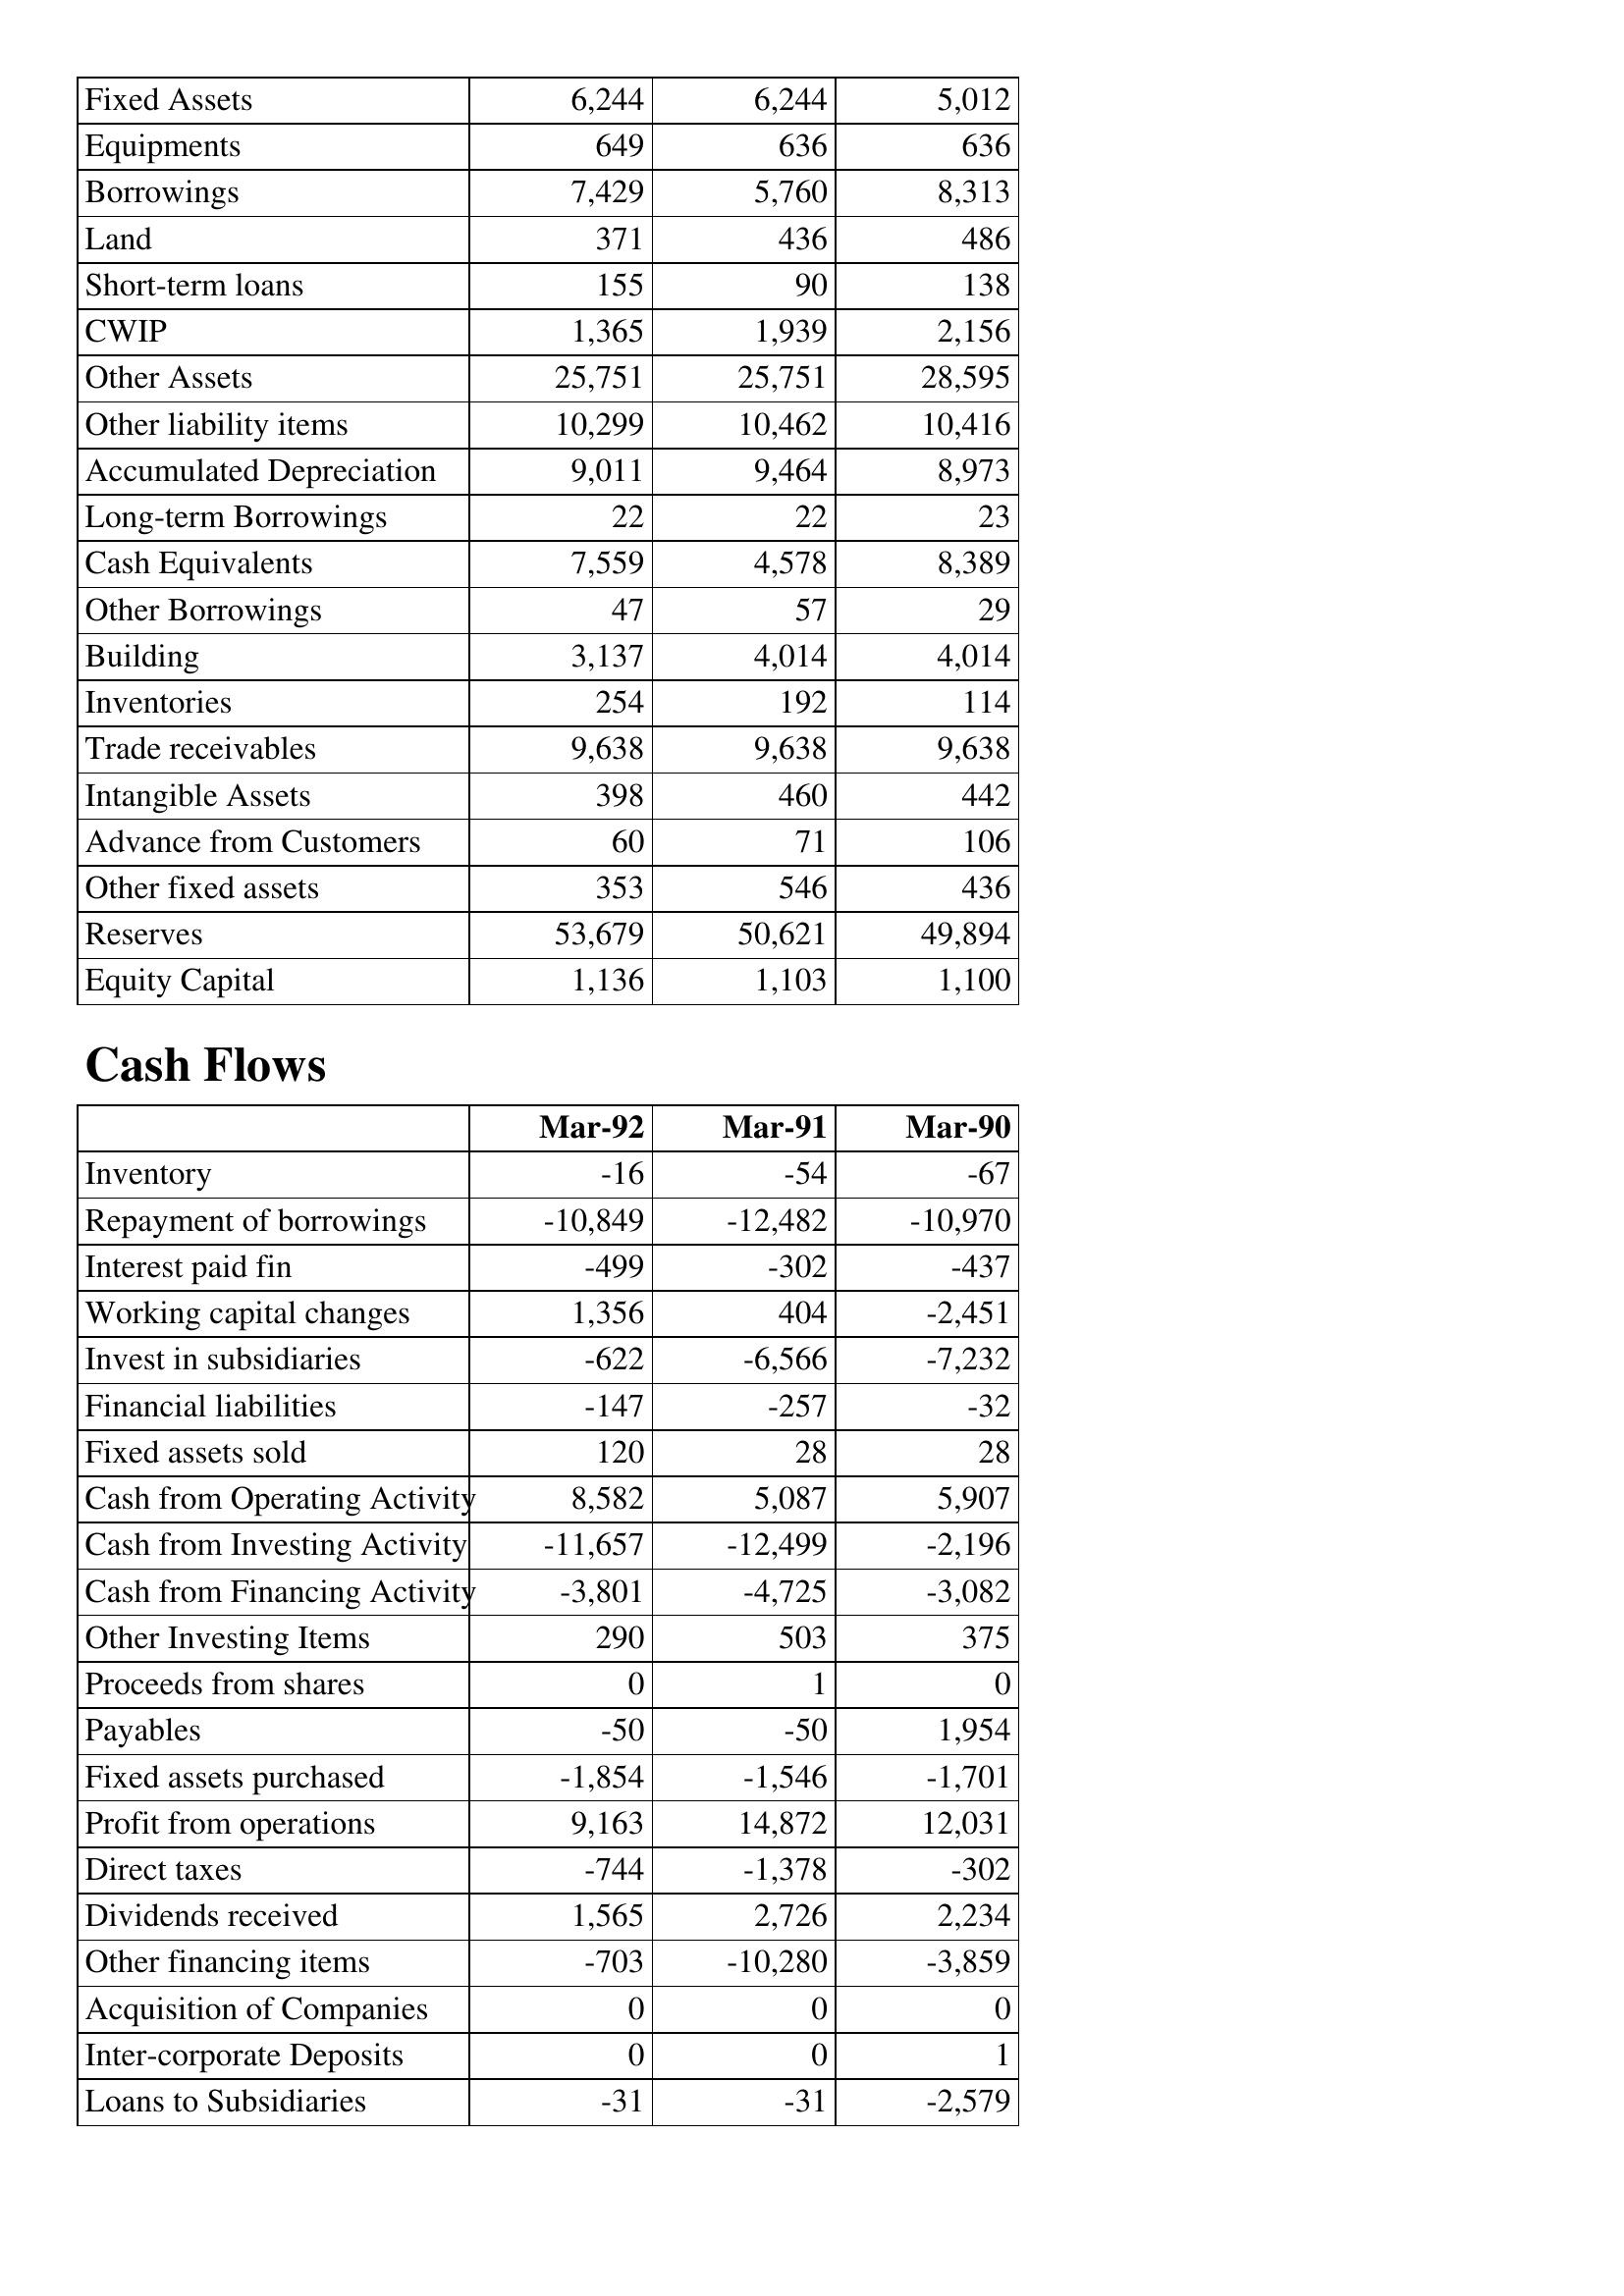
Mar-92: Balance Sheet: Fixed Assets: 6,244
Equipments: 649
Borrowings: 7,429
Land: 371
Short-term loans: 155
CWIP: 1,365
Other Assets: 25,751
Other liability items: 10,299
Accumulated Depreciation: 9,011
Long-term Borrowings: 22
Cash Equivalents: 7,559
Other Borrowings: 47
Building: 3,137
Inventories: 254
Trade receivables: 9,638
Intangible Assets: 398
Advance from Customers: 60
Other fixed assets: 353
Reserves: 53,679
Equity Capital: 1,136
Cash Flows: Inventory: -16
Repayment of borrowings: -10,849
Interest paid fin: -499
Working capital changes: 1,356
Invest in subsidiaries: -622
Financial liabilities: -147
Fixed assets sold: 120
Cash from Operating Activity: 8,582
Cash from Investing Activity: -11,657
Cash from Financing Activity: -3,801
Other Investing Items: 290
Proceeds from shares: 0
Payables: -50
Fixed assets purchased: -1,854
Profit from operations: 9,163
Direct taxes: -744
Dividends received: 1,565
Other financing items: -703
Acquisition of Companies: 0
Inter-corporate Deposits: 0
Loans to Subsidiaries: -31
Mar-91: Balance Sheet: Fixed Assets: 6,244
Equipments: 636
Borrowings: 5,760
Land: 436
Short-term loans: 90
CWIP: 1,939
Other Assets: 25,751
Other liability items: 10,462
Accumulated Depreciation: 9,464
Long-term Borrowings: 22
Cash Equivalents: 4,578
Other Borrowings: 57
Building: 4,014
Inventories: 192
Trade receivables: 9,638
Intangible Assets: 460
Advance from Customers: 71
Other fixed assets: 546
Reserves: 50,621
Equity Capital: 1,103
Cash Flows: Inventory: -54
Repayment of borrowings: -12,482
Interest paid fin: -302
Working capital changes: 404
Invest in subsidiaries: -6,566
Financial liabilities: -257
Fixed assets sold: 28
Cash from Operating Activity: 5,087
Cash from Investing Activity: -12,499
Cash from Financing Activity: -4,725
Other Investing Items: 503
Proceeds from shares: 1
Payables: -50
Fixed assets purchased: -1,546
Profit from operations: 14,872
Direct taxes: -1,378
Dividends received: 2,726
Other financing items: -10,280
Acquisition of Companies: 0
Inter-corporate Deposits: 0
Loans to Subsidiaries: -31
Mar-90: Balance Sheet: Fixed Assets: 5,012
Equipments: 636
Borrowings: 8,313
Land: 486
Short-term loans: 138
CWIP: 2,156
Other Assets: 28,595
Other liability items: 10,416
Accumulated Depreciation: 8,973
Long-term Borrowings: 23
Cash Equivalents: 8,389
Other Borrowings: 29
Building: 4,014
Inventories: 114
Trade receivables: 9,638
Intangible Assets: 442
Advance from Customers: 106
Other fixed assets: 436
Reserves: 49,894
Equity Capital: 1,100
Cash Flows: Inventory: -67
Repayment of borrowings: -10,970
Interest paid fin: -437
Working capital changes: -2,451
Invest in subsidiaries: -7,232
Financial liabilities: -32
Fixed assets sold: 28
Cash from Operating Activity: 5,907
Cash from Investing Activity: -2,196
Cash from Financing Activity: -3,082
Other Investing Items: 375
Proceeds from shares: 0
Payables: 1,954
Fixed assets purchased: -1,701
Profit from operations: 12,031
Direct taxes: -302
Dividends received: 2,234
Other financing items: -3,859
Acquisition of Companies: 0
Inter-corporate Deposits: 1
Loans to Subsidiaries: -2,579